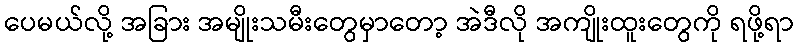
ပေမယ်လို့ အခြား အမျိုးသမီးတွေမှာတော့ အဲဒီလို အကျိုးထူးတွေကို ရဖို့ရာ